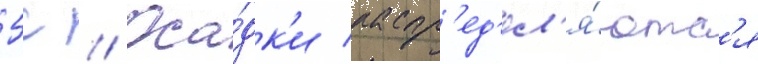
5с // Оса́дк'и распр'ед'ел'я́ютс'я